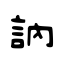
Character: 訥